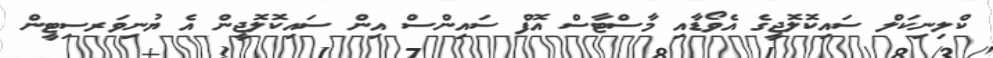
ކްލިނިކަލް ސައިކޮލޮޖީގެ އެވޯޑާއި މާސްޓާސް އޮފް ސައިންސް އިން ސައިކޮލޮޖީން އެ ޔުނިވަރސިޓީން